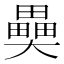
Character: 𤳦